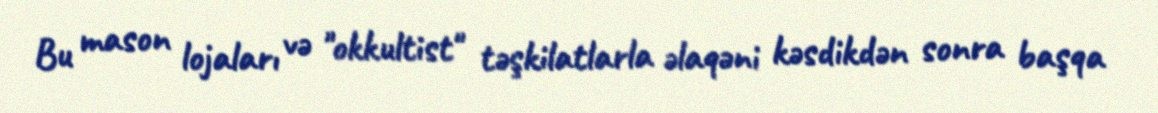
Bu mason lojaları və "okkultist" təşkilatlarla əlaqəni kəsdikdən sonra başqa